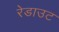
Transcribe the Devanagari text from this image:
रेडाउट